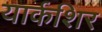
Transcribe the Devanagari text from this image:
यार्कशिर